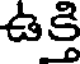
ఉక్తి